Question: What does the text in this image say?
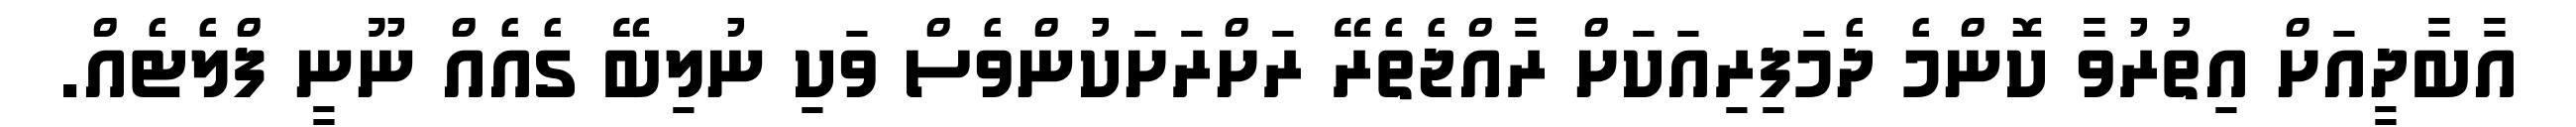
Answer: އާބާދީއަށް އިތުރުވާ ކޮންމެ ދެމަފިރިއަކަށް ރާއްޖެތެރޭ ރަށްރަށަކުންވެސް ވަކި ނުލިބޭ ގެއެއް ނޫނީ ފްލެޓެއް.